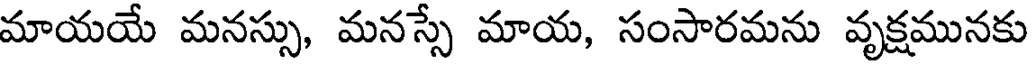
మాయయే మనస్సు, మనస్సే మాయ, సంసారమను వృక్షమునకు